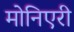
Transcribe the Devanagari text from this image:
मोनिएरी